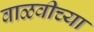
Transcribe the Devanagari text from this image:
वाळवीच्या